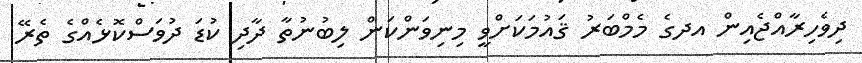
ދިވެހިރާއްޖެއިން އދގެ މެމްބަރު ޤައުމަކަށްވީ މިނިވަންކަން ލިބުނުތާ ދާދި ކުޑަ ދުވަސްކޮޅެއްގެ ތެރޭ